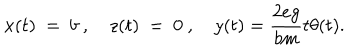
x ( t ) ~ = ~ b ~ , ~ z ( t ) ~ = ~ 0 ~ , ~ y ( t ) = { \frac { 2 e g } { b m } } t \theta ( t ) .